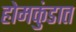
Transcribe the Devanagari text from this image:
होमकुंडात